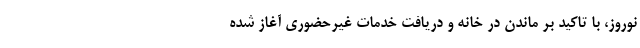
نوروز، با تاکید بر ماندن در خانه و دریافت خدمات غیرحضوری آغاز شده